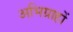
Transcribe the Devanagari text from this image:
अभिग्राहों